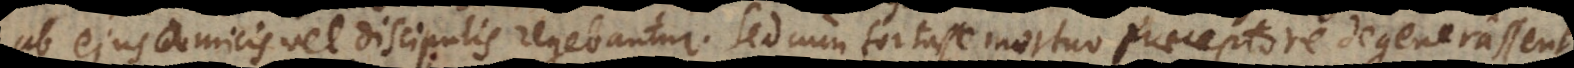
ab ejus amicis vel discipulis regebantur. Sed cum fortasse mortuo praeceptore degenerassent